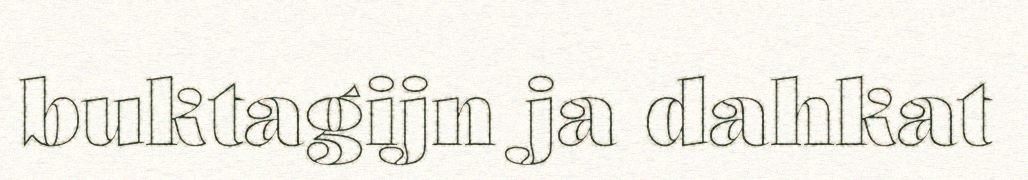
buktagijn ja dahkat